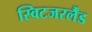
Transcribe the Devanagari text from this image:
स्विटजरर्लैंड